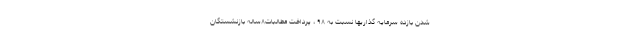
شدن بازده سرمایه گذاریها نسبت به ۹۸ ، پرداخت مطالبات٨ساله بازنشستگان